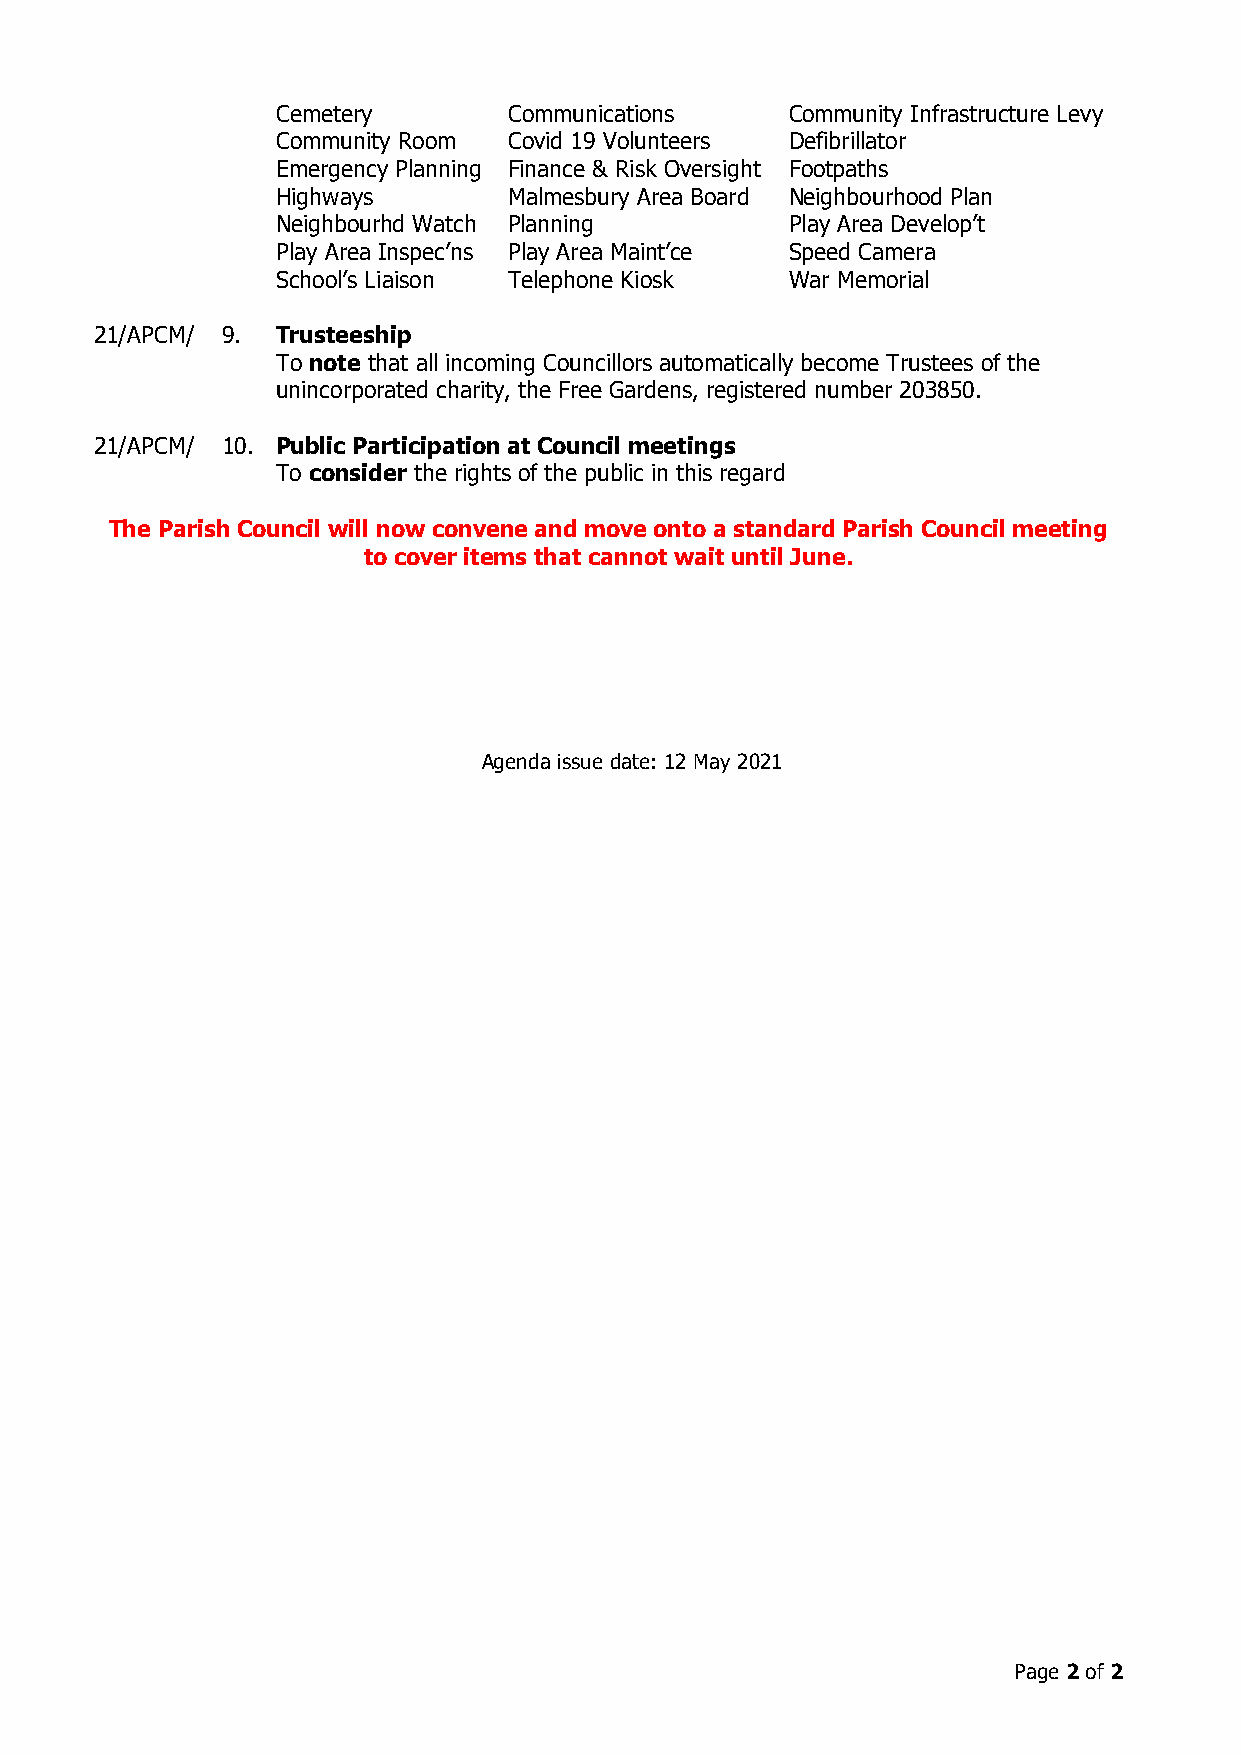
Cemetery        Communications    Community Infrastructure Levy
 Community Room  Covid 19 Volunteers Defibrillator
 Emergency Planning Finance & Risk Oversight Footpaths
 Highways        Malmesbury Area Board Neighbourhood Plan
 Neighbourhd Watch Planning        Play Area Develop’t
 Play Area Inspec’ns Play Area Maint’ce Speed Camera
 School’s Liaison Telephone Kiosk  War Memorial
 21/APCM/ 9. Trusteeship
 To note that all incoming Councillors automatically become Trustees of the
 unincorporated charity, the Free Gardens, registered number 203850.
 21/APCM/ 10. Public Participation at Council meetings
 To consider the rights of the public in this regard
 The Parish Council will now convene and move onto a standard Parish Council meeting
 to cover items that cannot wait until June.
 Agenda issue date: 12 May 2021
 Page 2 of 2